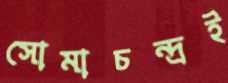
সোমাচন্দ্রই